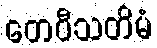
တေဝီသတိမံ